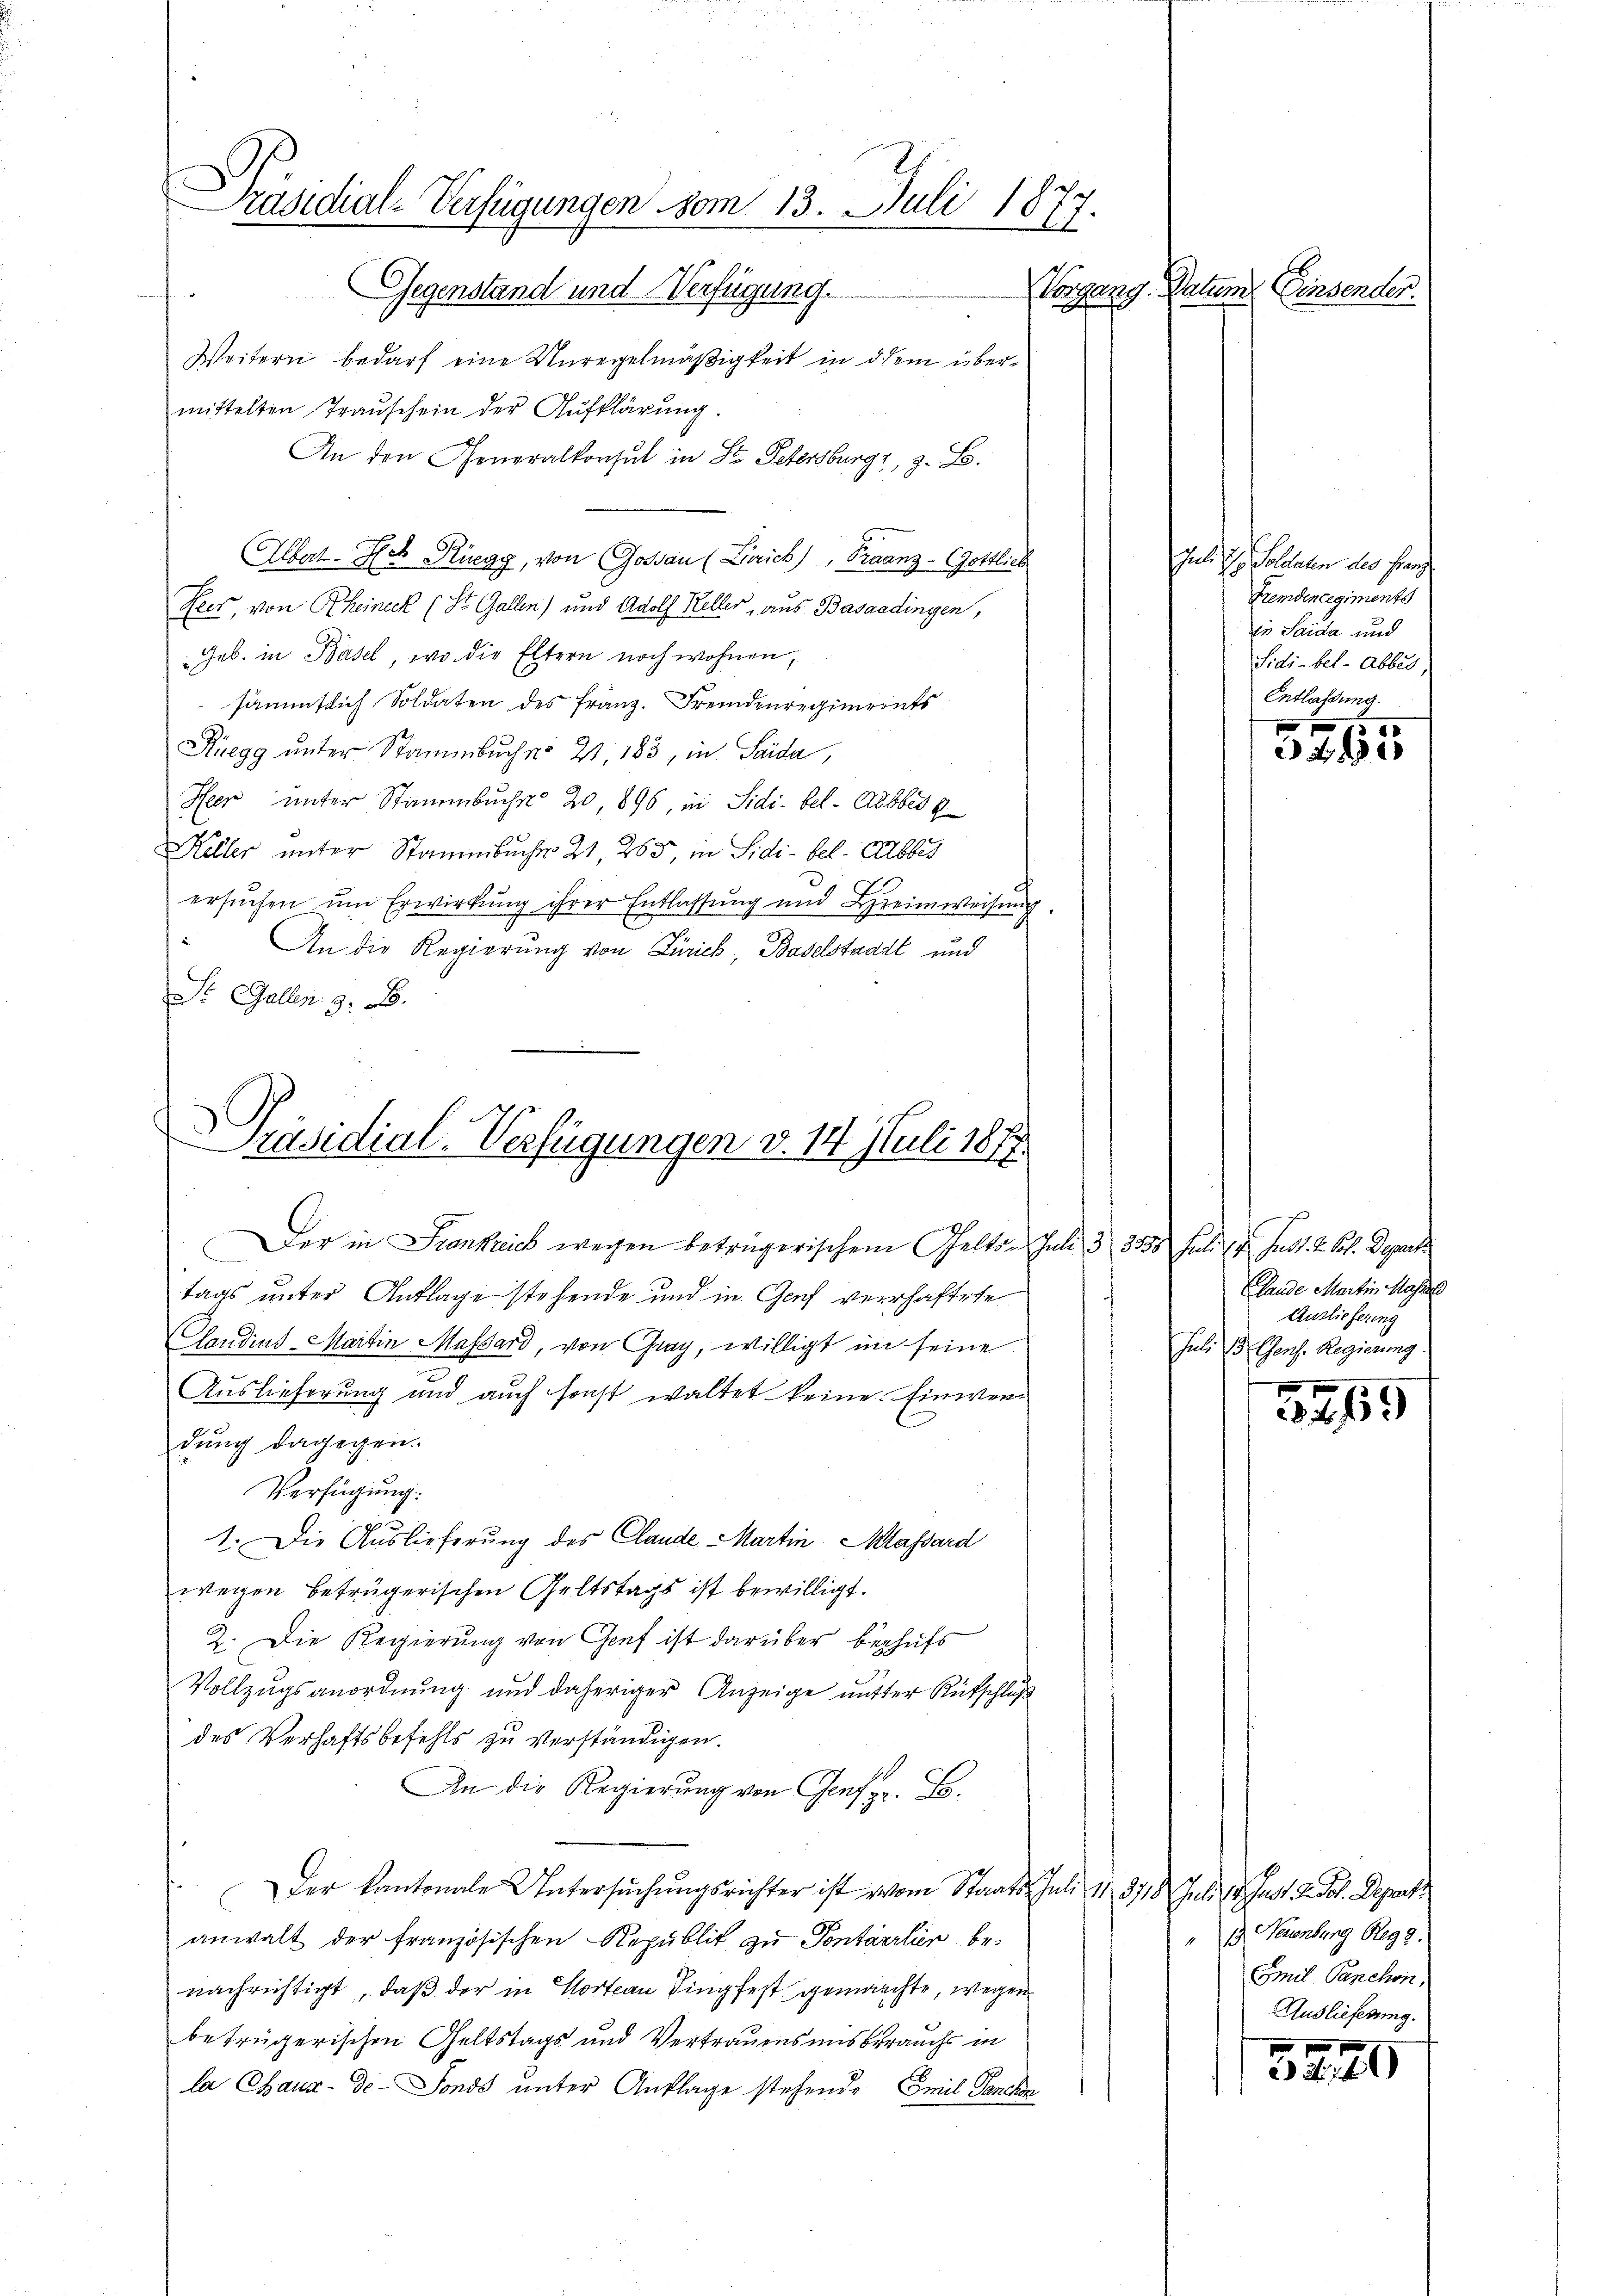
Präsidial-Verfügungen vom 13. Juli 1877.
Vorgang Datum. Einsenden.
Gegenstand und Verfügung.
Weitern bedarf eine Unregelmäßigkeit in dem über¬

mittelten Trauschein der Aufklärung
An den Generalkonsul in St. Petersburg, z. B.
Fees, von Rheineck (St. Gallen) und Adolf Keller, aus Basaadingen,
Geb. in Basel, wo die Eltern noch wohnen,
sämmtlich Soldaten des Franz. Fremdenregiments
Kuegg unter Stammbache 21, 183, in Saida,
Heer unter Stammbuche 20 896, in Sidi. bel. Abbes g
Heller unter Stammbuche 21, 265, in Sidi-bel. Abbes
ersŭchen ŭm Erwirkung ihrer Entlassŭng und Breimweisŭng.
An die Regierung von Zürich, Baselstaadt und
St. Gallen z. B.

Albat-Heb Rüegg, von Goßau (Zürich), Fraanz-Gottlich

Präsidial-Verfügungen v. 114. Juli 1877.

Der in Frankreich wegen beträgerischem Gelton Juli 3 3550
tags unter Auflage stehende und in Genf verhaftete
Claudius-Martin Massard, von Gray, willigt in seine
Auslieferung und auch sonst waltet keine Einwendung dagegen.
Verfügung:
1. Die Auslieferung des Claude - Martin Massard
wegen betrügerischen Geltstags ist bewilligt.
2. Die Regierung von Genf ist darüber behufs
Vollzugsanordnung und daheriger Anzeige unter Rutschluß
des Verhaftsbefehls zu verständigen.
An die Regierŭng von Genf z. B.
Der Kantonale Untersuchungsrichter ist vom Staats- Juli 1 3718. Juli 18. Just 2. Fol. Depart
anwalt der französischen Republik zu Pontärrlier benachrichtigt, daß der in Wort an ding fest gemachte, wegen
betrügerischen Geltstags und Vertrauens insberauchs in
la Chaux-de-Fonds unter Anklage stehende Emil Panchen

Juli d. Solltenen des franz
Fremdenregiments
in Saida und
Sidi-bel-Abbes,
Entlassung.
1505

5260

Fuli u. hast. 2. Frl. Gegent
Lande Martin Masse
Ansliefering
Juli 13. Genf. Regierung.

3265

13. Neuenburg Reg.
Emil Panchon,
Auslieferung.
32146